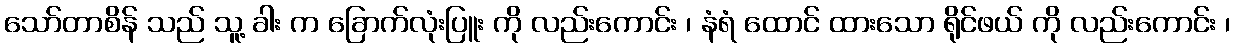
သော်တာစိန် သည် သူ့ ခါး က ခြောက်လုံးပြူး ကို လည်းကောင်း ၊ နံရံ ထောင် ထားသော ရိုင်ဖယ် ကို လည်းကောင်း ၊